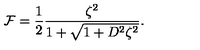
{ \cal F } = { \frac { 1 } { 2 } } { \frac { \zeta ^ { 2 } } { 1 + \sqrt { 1 + D ^ { 2 } \zeta ^ { 2 } } } } .